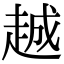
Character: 𬦌